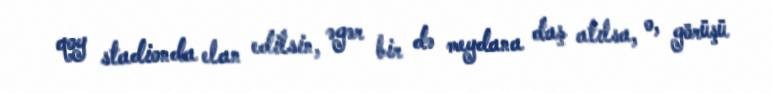
qoy stadionda elan edilsin, əgər bir də meydana daş atılsa, o, görüşü